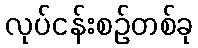
လုပ်ငန်းစဉ်တစ်ခု